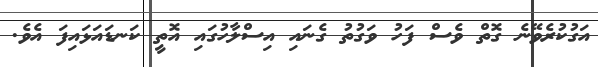
އަގުކުރެވޭނެ ގޮތް ވެސް ފަހު ވަގުތު ގެނައި އިސްލާހުގައި އޮތީ ކަނޑައަޅައިފަ އެވެ.